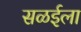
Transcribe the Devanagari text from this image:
सळईला